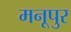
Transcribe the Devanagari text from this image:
मनूपुर